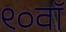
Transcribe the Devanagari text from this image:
९०वॉ